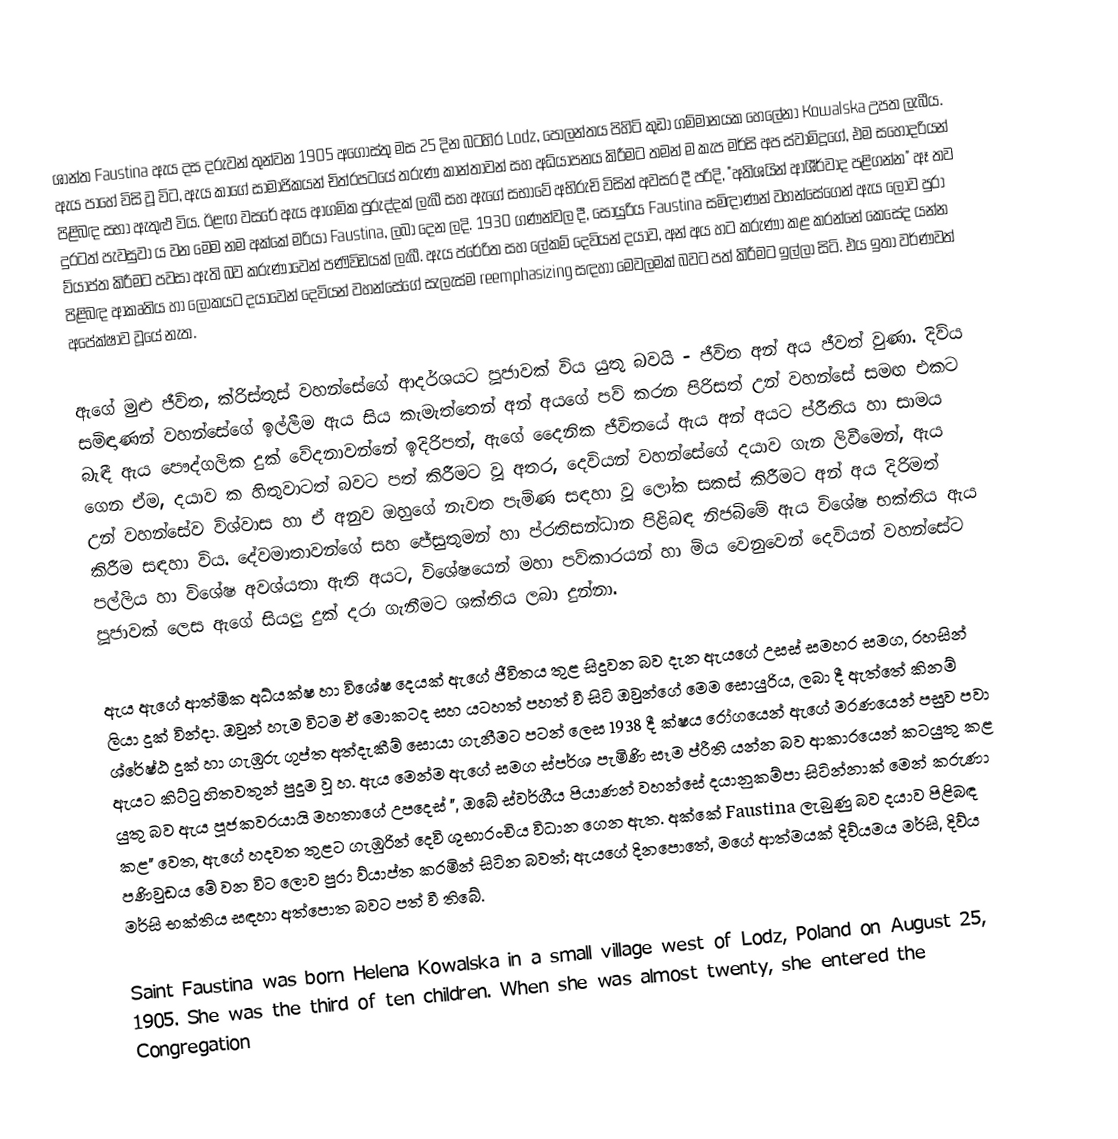
ශාන්ත Faustina ඇය දස දරුවන් තුන්වන 1905 අගෝස්තු මස 25 දින බටහිර Lodz, පෝලන්තය පිහිටි කුඩා ගම්මානයක හෙලේනා Kowalska උපත ලැබීය. ඇය පාහේ විසි වූ විට, ඇය කාගේ සාමාජිකයන් චිත්රපටයේ තරුණ කාන්තාවන් සහ අධ්යාපනය කිරීමට තමන් ම කැප මර්සි අප ස්වාමිදූගේ, එම සහෝදරියන් පිළිබඳ සභා ඇතුළු විය. ඊළඟ වසරේ ඇය ආගමික පුරුද්දක් ලැබී සහ ඇගේ සභාවේ අභිරුචි විසින් අවසර දී පරිදි, "අතිශයින් ආශීර්වාද පළිගන්න" ඈ තව දුරටත් පැවසුවා ය වන මෙම නම අක්කේ මරියා Faustina, ලබා දෙන ලදි. 1930 ගණන්වල දී, සොයුරිය Faustina සමිඳාණන් වහන්සේගෙන් ඇය ලොව පුරා ව්යාප්ත කිරීමට පවසා ඇති බව කරුණාවෙන් පණිවිඩයක් ලැබී. ඇය ප්රේරිත සහ ලේකම් දෙවියන් දයාව, අන් අය හට කරුණා කළ කරන්නේ කෙසේද යන්න පිළිබඳ ආකෘතිය හා ලෝකයට දයාවෙන් දෙවියන් වහන්සේගේ සැලැස්ම reemphasizing සඳහා මෙවලමක් බවට පත් කිරීමට ඉල්ලා සිටි. එය ඉතා වර්ණවත් අපේක්ෂාව වූයේ නැත.

ඇගේ මුළු ජීවිත, ක්රිස්තුස් වහන්සේගේ ආදර්ශයට පූජාවක් විය යුතු බවයි - ජීවිත අන් අය ජීවත් වුණා. දිව්ය සමිඳාණන් වහන්සේගේ ඉල්ලීම ඇය සිය කැමැත්තෙන් අන් අයගේ පව් කරන පිරිසත් උන් වහන්සේ සමඟ එකට බැඳී ඇය පෞද්ගලික දුක් වේදනාවන්නේ ඉදිරිපත්, ඇගේ දෛනික ජීවිතයේ ඇය අන් අයට ප්රීතිය හා සාමය ගෙන ඒම, දයාව ක හිතුවාටත් බවට පත් කිරීමට වූ අතර, දෙවියන් වහන්සේගේ දයාව ගැන ලිවීමෙන්, ඇය උන් වහන්සේව විශ්වාස හා ඒ අනුව ඔහුගේ නැවත පැමිණ සඳහා වූ ලෝක සකස් කිරීමට අන් අය දිරිමත් කිරීම සඳහා විය. දේවමාතාවන්ගේ සහ ජේසුතුමන් හා ප්රතිසන්ධාන පිළිබඳ නිජබිමේ ඇය විශේෂ භක්තිය ඇය පල්ලිය හා විශේෂ අවශ්යතා ඇති අයට, විශේෂයෙන් මහා පව්කාරයන් හා මිය වෙනුවෙන් දෙවියන් වහන්සේට පූජාවක් ලෙස ඇගේ සියලු දුක් දරා ගැනීමට ශක්තිය ලබා දුන්නා.

ඇය ඇගේ ආත්මික අධ්යක්ෂ හා විශේෂ දෙයක් ඇගේ ජීවිතය තුළ සිදුවන බව දැන ඇයගේ උසස් සමහර සමග, රහසින් ලියා දුක් වින්දා. ඔවුන් හැම විටම ඒ මොකටද සහ යටහත් පහත් වී සිටි ඔවුන්ගේ මෙම සොයුරිය, ලබා දී ඇත්තේ කිනම් ශ්රේෂ්ඨ දුක් හා ගැඹුරු ගුප්ත අත්දැකීම් සොයා ගැනීමට පටන් ලෙස 1938 දී ක්ෂය රෝගයෙන් ඇගේ මරණයෙන් පසුව පවා ඇයට කිට්ටු හිතවතුන් පුදුම වූ හ. ඇය මෙන්ම ඇගේ සමග ස්පර්ශ පැමිණි සෑම ප්රීති යන්න බව ආකාරයෙන් කටයුතු කළ යුතු බව ඇය පූජකවරයායි මහතාගේ උපදෙස් ", ඔබේ ස්වර්ගීය පියාණන් වහන්සේ දයානුකම්පා සිටින්නාක් මෙන් කරුණා කළ" වෙත, ඇගේ හදවත තුළට ගැඹුරින් දෙවි ශුභාරංචිය විධාන ගෙන ඇත. අක්කේ Faustina ලැබුණු බව දයාව පිළිබඳ පණිවුඩය මේ වන විට ලොව පුරා ව්යාප්ත කරමින් සිටින බවත්; ඇයගේ දිනපොතේ, මගේ ආත්මයක් දිව්යමය මර්සි, දිව්ය මර්සි භක්තිය සඳහා අත්පොත බවට පත් වී තිබේ.

Saint Faustina was born Helena Kowalska in a small village west of Lodz, Poland on August 25, 1905. She was the third of ten children. When she was almost twenty, she entered the Congregation